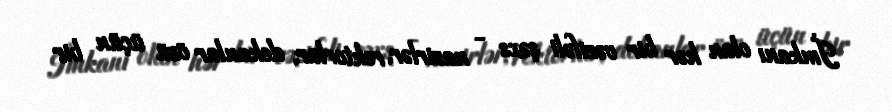
İmkanı olan hər bir vəzifəli şəxs - nazirlər, rektorlar, dekanlar özü üçün bir